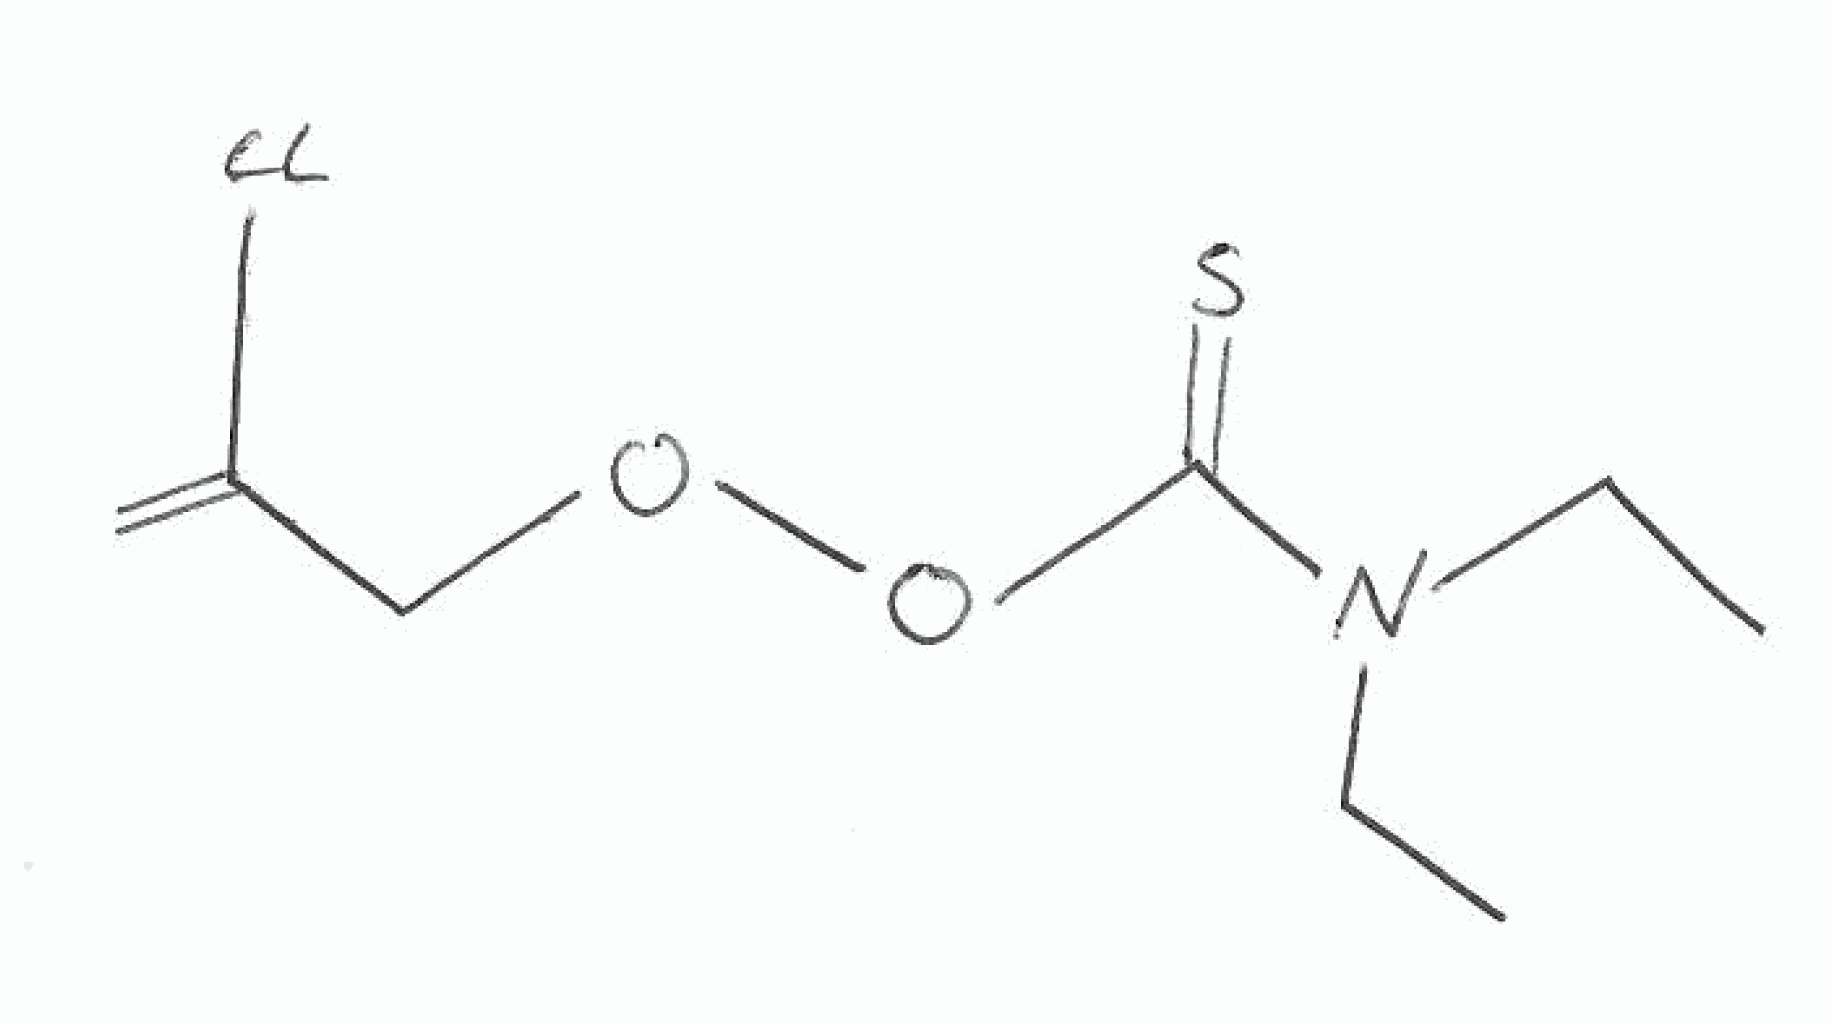
Simplified molecular-input line-entry system (SMILES) notation of the given molecule:
CCN(CC)C(=S)OOCC(=C)Cl